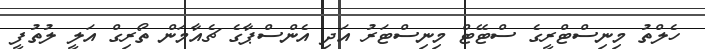
ހެލްތު މިނިސްޓްރީގެ ސްޓޭޓް މިނިސްޓަރު އަދި އެންސްޕާގެ ޗެއާމަން ތޯރިގް އަލީ ލުތުފީ